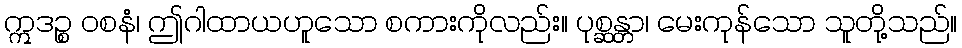
ဣဒဉ္စ ဝစနံ၊ ဤဂါထာယဟူသော စကားကိုလည်း။ ပုစ္ဆန္တာ၊ မေးကုန်သော သူတို့သည်။